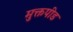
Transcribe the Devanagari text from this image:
मुक्तपीड